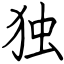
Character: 独